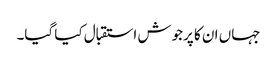
جہاں ان کا پرجوش استقبال کیا گیا۔